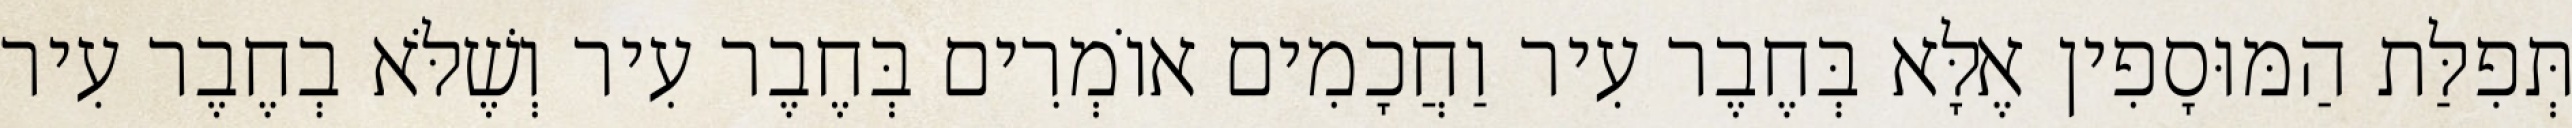
תְּפִלַּת הַמּוּסָפִין אֶלָּא בְּחֶבֶר עִיר וַחֲכָמִים אוֹמְרִים בְּחֶבֶר עִיר וְשֶׁלֹּא בְחֶבֶר עִיר